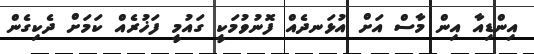
އިންޑިއާ އިން މާސް އަށް އުޅަނދެއް ފޮނުވުމަކީ ގައުމީ ފަޚުރެއް ކަމަށް ދެކިގެން